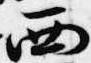
西